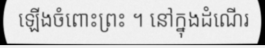
ឡើងចំពោះព្រះ ។ នៅក្នុងដំណើរ